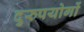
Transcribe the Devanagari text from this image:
दुरुपयोगों